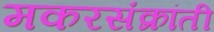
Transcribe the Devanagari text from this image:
मकरसंक्रांती